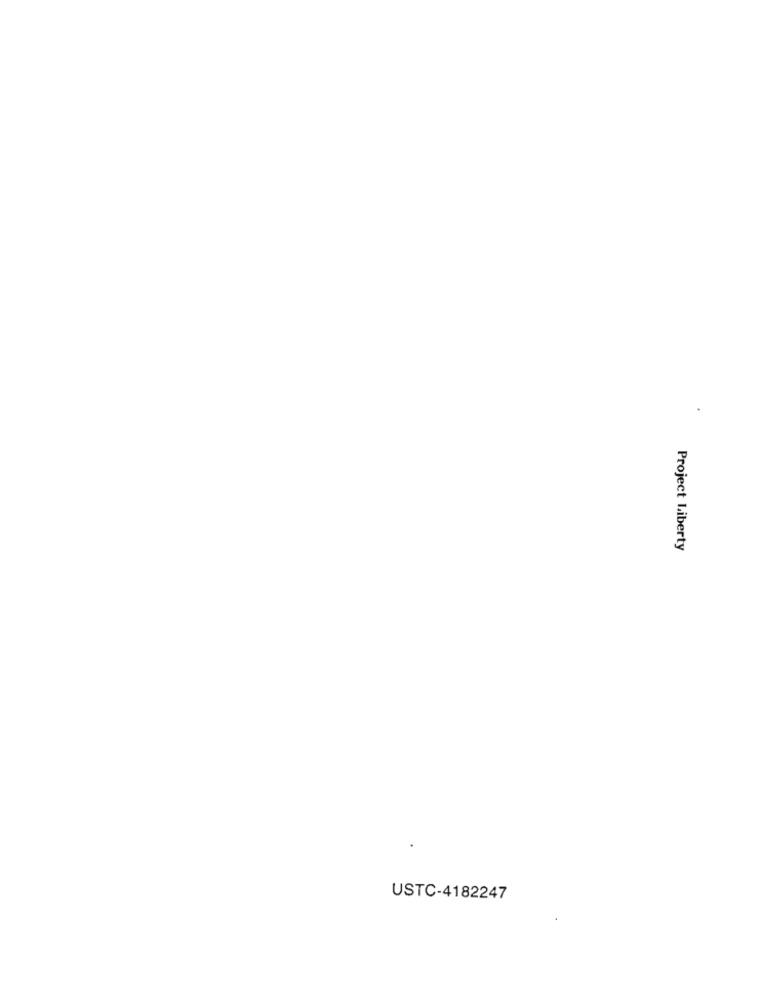
Project Liberty
USTC-4182247